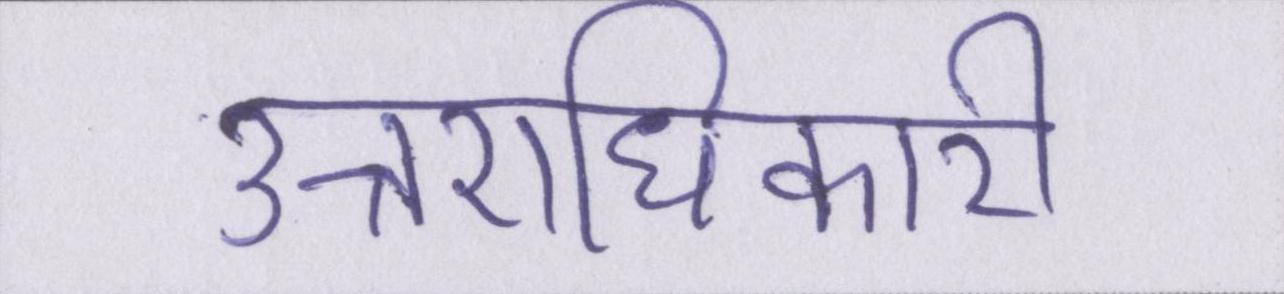
उत्तराधिकारी